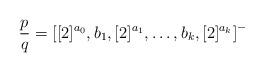
LaTeX: \begin{align*}\frac{p}{q}=\left[[2]^{a_0}, b_1, [2]^{a_1}, \dots, b_k, [2]^{a_k}\right]^-\end{align*}